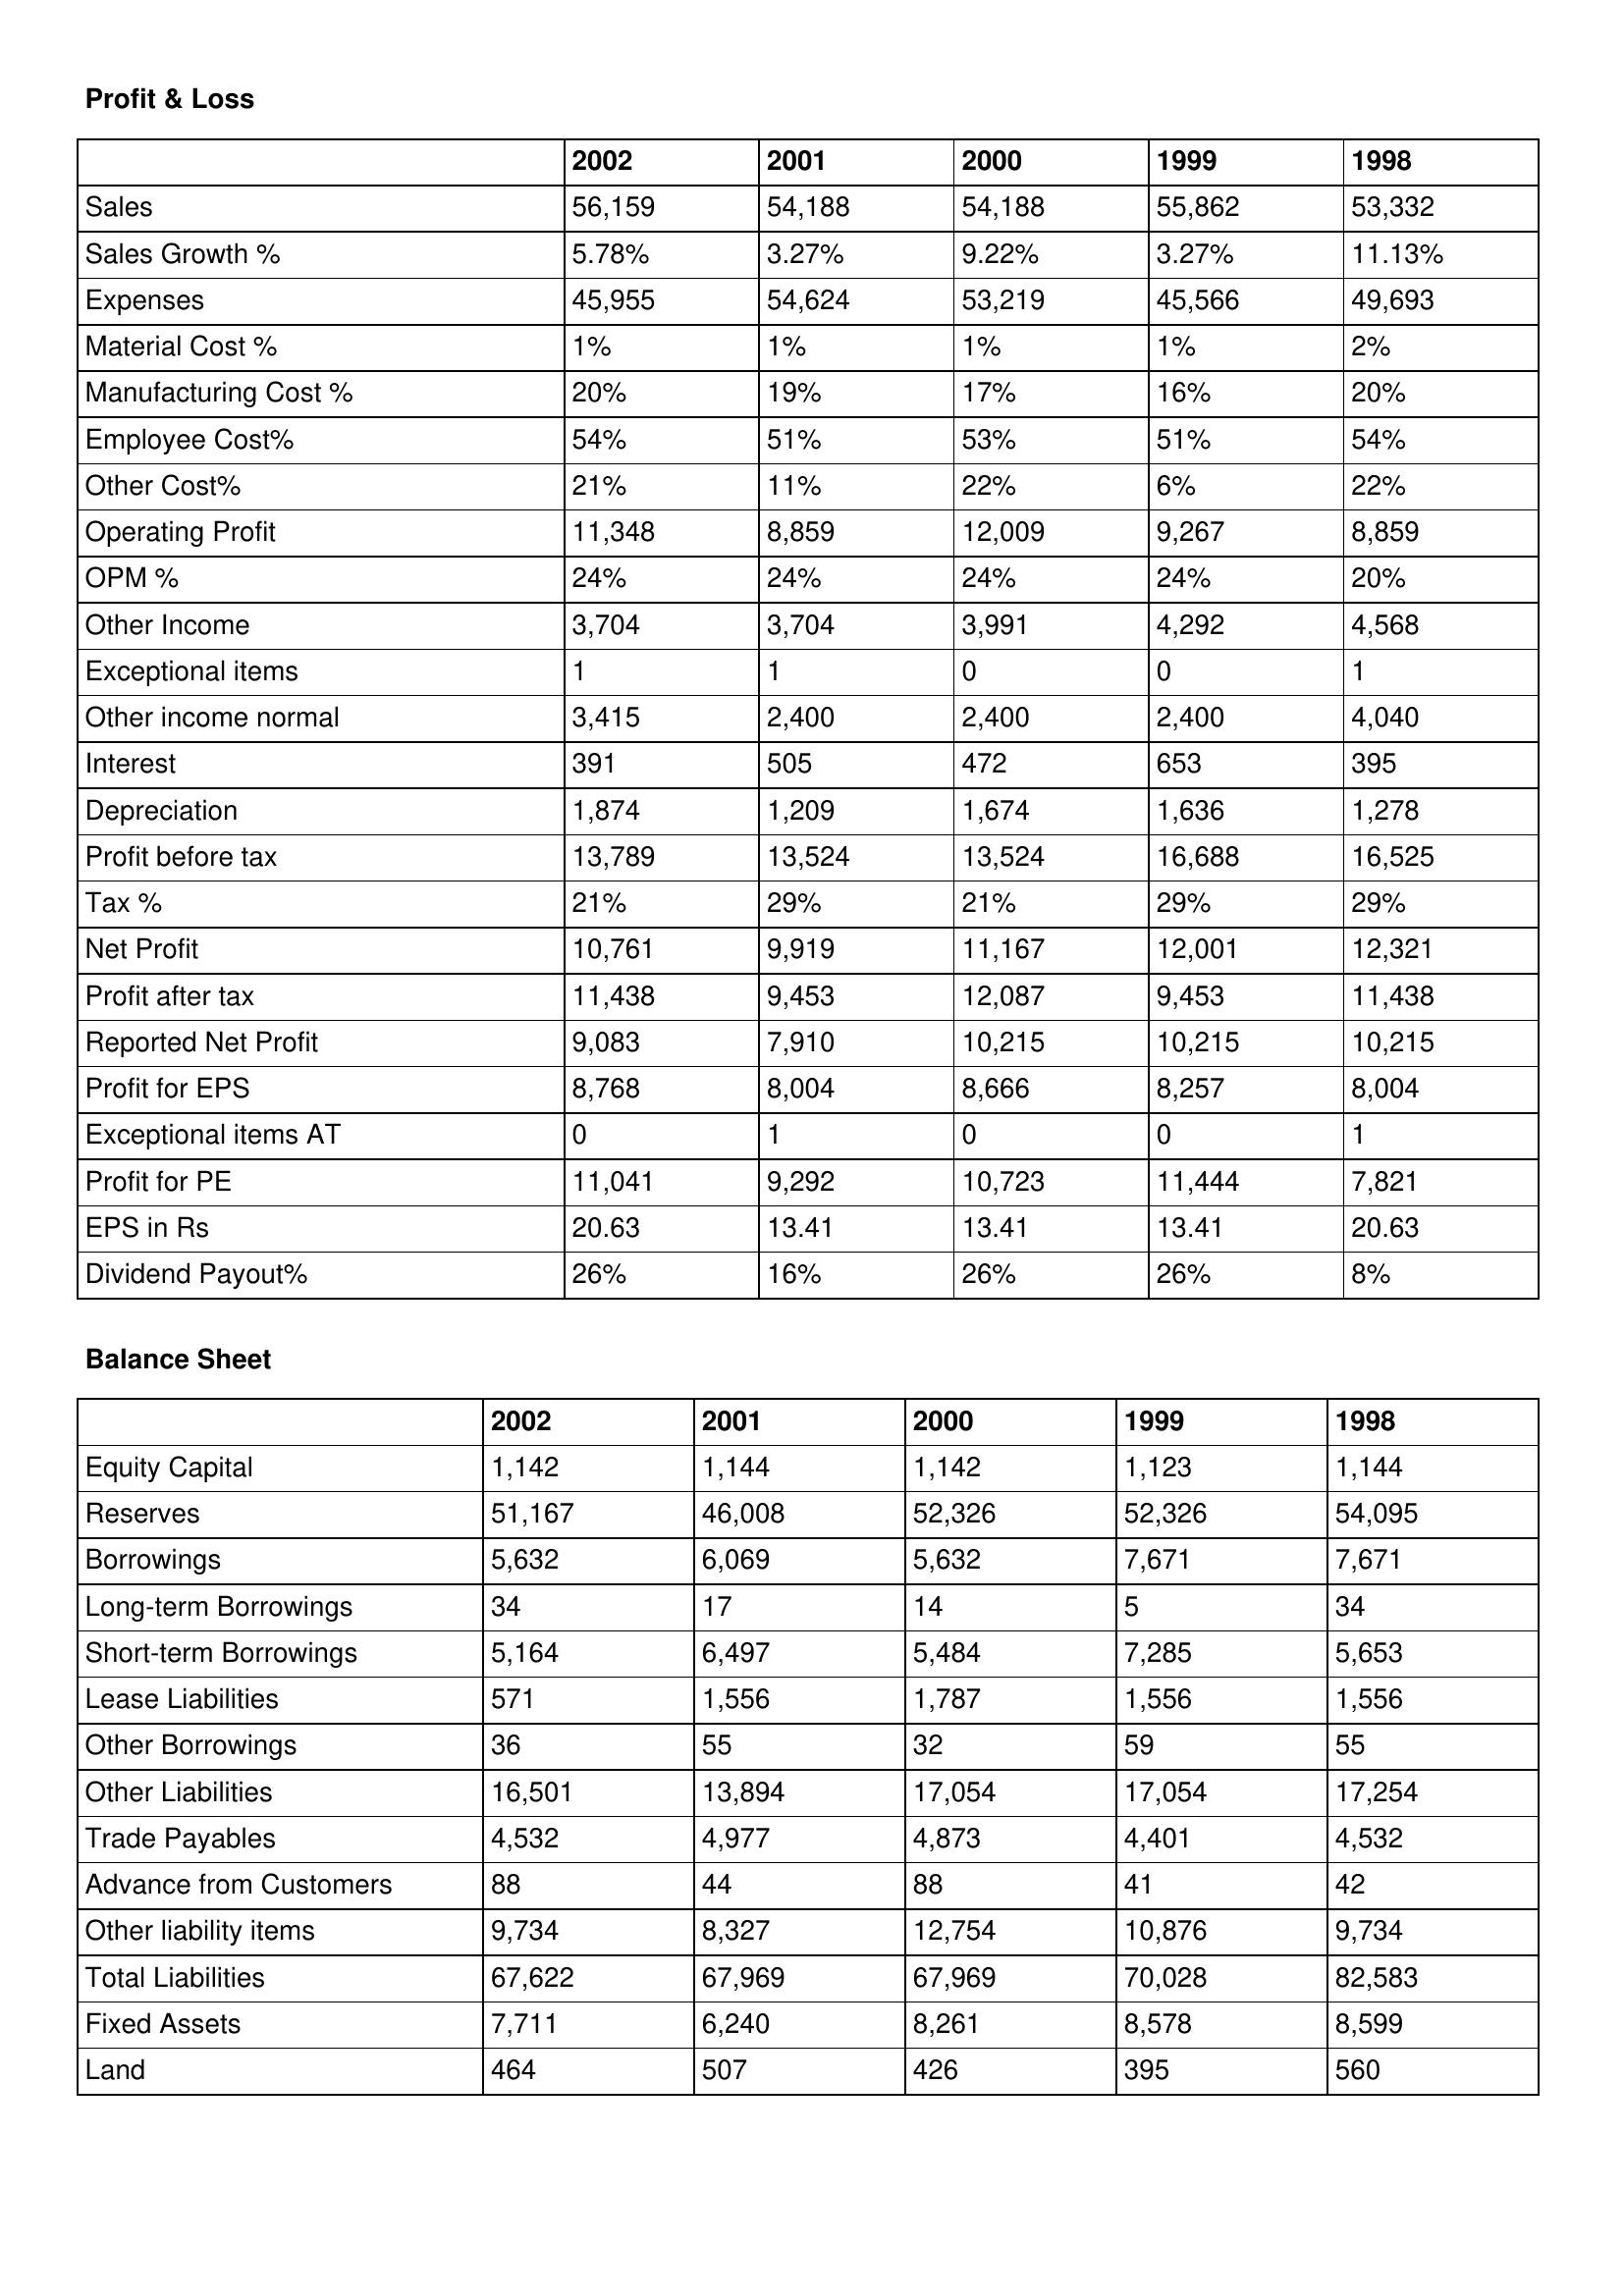
gt_parse: 2002: Profit & Loss: Sales: 56,159
Sales Growth %: 5.78%
Expenses: 45,955
Material Cost %: 1%
Manufacturing Cost %: 20%
Employee Cost%: 54%
Other Cost%: 21%
Operating Profit: 11,348
OPM %: 24%
Other Income: 3,704
Exceptional items: 1
Other income normal: 3,415
Interest: 391
Depreciation: 1,874
Profit before tax: 13,789
Tax %: 21%
Net Profit: 10,761
Profit after tax: 11,438
Reported Net Profit: 9,083
Profit for EPS: 8,768
Exceptional items AT: 0
Profit for PE: 11,041
EPS in Rs: 20.63
Dividend Payout%: 26%
Balance Sheet: Equity Capital: 1,142
Reserves: 51,167
Borrowings: 5,632
Long-term Borrowings: 34
Short-term Borrowings: 5,164
Lease Liabilities: 571
Other Borrowings: 36
Other Liabilities: 16,501
Trade Payables: 4,532
Advance from Customers: 88
Other liability items: 9,734
Total Liabilities: 67,622
Fixed Assets: 7,711
Land: 464
2001: Profit & Loss: Sales: 54,188
Sales Growth %: 3.27%
Expenses: 54,624
Material Cost %: 1%
Manufacturing Cost %: 19%
Employee Cost%: 51%
Other Cost%: 11%
Operating Profit: 8,859
OPM %: 24%
Other Income: 3,704
Exceptional items: 1
Other income normal: 2,400
Interest: 505
Depreciation: 1,209
Profit before tax: 13,524
Tax %: 29%
Net Profit: 9,919
Profit after tax: 9,453
Reported Net Profit: 7,910
Profit for EPS: 8,004
Exceptional items AT: 1
Profit for PE: 9,292
EPS in Rs: 13.41
Dividend Payout%: 16%
Balance Sheet: Equity Capital: 1,144
Reserves: 46,008
Borrowings: 6,069
Long-term Borrowings: 17
Short-term Borrowings: 6,497
Lease Liabilities: 1,556
Other Borrowings: 55
Other Liabilities: 13,894
Trade Payables: 4,977
Advance from Customers: 44
Other liability items: 8,327
Total Liabilities: 67,969
Fixed Assets: 6,240
Land: 507
2000: Profit & Loss: Sales: 54,188
Sales Growth %: 9.22%
Expenses: 53,219
Material Cost %: 1%
Manufacturing Cost %: 17%
Employee Cost%: 53%
Other Cost%: 22%
Operating Profit: 12,009
OPM %: 24%
Other Income: 3,991
Exceptional items: 0
Other income normal: 2,400
Interest: 472
Depreciation: 1,674
Profit before tax: 13,524
Tax %: 21%
Net Profit: 11,167
Profit after tax: 12,087
Reported Net Profit: 10,215
Profit for EPS: 8,666
Exceptional items AT: 0
Profit for PE: 10,723
EPS in Rs: 13.41
Dividend Payout%: 26%
Balance Sheet: Equity Capital: 1,142
Reserves: 52,326
Borrowings: 5,632
Long-term Borrowings: 14
Short-term Borrowings: 5,484
Lease Liabilities: 1,787
Other Borrowings: 32
Other Liabilities: 17,054
Trade Payables: 4,873
Advance from Customers: 88
Other liability items: 12,754
Total Liabilities: 67,969
Fixed Assets: 8,261
Land: 426
1999: Profit & Loss: Sales: 55,862
Sales Growth %: 3.27%
Expenses: 45,566
Material Cost %: 1%
Manufacturing Cost %: 16%
Employee Cost%: 51%
Other Cost%: 6%
Operating Profit: 9,267
OPM %: 24%
Other Income: 4,292
Exceptional items: 0
Other income normal: 2,400
Interest: 653
Depreciation: 1,636
Profit before tax: 16,688
Tax %: 29%
Net Profit: 12,001
Profit after tax: 9,453
Reported Net Profit: 10,215
Profit for EPS: 8,257
Exceptional items AT: 0
Profit for PE: 11,444
EPS in Rs: 13.41
Dividend Payout%: 26%
Balance Sheet: Equity Capital: 1,123
Reserves: 52,326
Borrowings: 7,671
Long-term Borrowings: 5
Short-term Borrowings: 7,285
Lease Liabilities: 1,556
Other Borrowings: 59
Other Liabilities: 17,054
Trade Payables: 4,401
Advance from Customers: 41
Other liability items: 10,876
Total Liabilities: 70,028
Fixed Assets: 8,578
Land: 395
1998: Profit & Loss: Sales: 53,332
Sales Growth %: 11.13%
Expenses: 49,693
Material Cost %: 2%
Manufacturing Cost %: 20%
Employee Cost%: 54%
Other Cost%: 22%
Operating Profit: 8,859
OPM %: 20%
Other Income: 4,568
Exceptional items: 1
Other income normal: 4,040
Interest: 395
Depreciation: 1,278
Profit before tax: 16,525
Tax %: 29%
Net Profit: 12,321
Profit after tax: 11,438
Reported Net Profit: 10,215
Profit for EPS: 8,004
Exceptional items AT: 1
Profit for PE: 7,821
EPS in Rs: 20.63
Dividend Payout%: 8%
Balance Sheet: Equity Capital: 1,144
Reserves: 54,095
Borrowings: 7,671
Long-term Borrowings: 34
Short-term Borrowings: 5,653
Lease Liabilities: 1,556
Other Borrowings: 55
Other Liabilities: 17,254
Trade Payables: 4,532
Advance from Customers: 42
Other liability items: 9,734
Total Liabilities: 82,583
Fixed Assets: 8,599
Land: 560